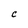
Character: c